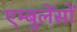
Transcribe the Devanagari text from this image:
एम्बुलेंसों